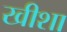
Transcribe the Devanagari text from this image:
खीशा